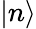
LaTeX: \vert n\rangle